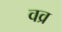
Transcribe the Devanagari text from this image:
वव्र